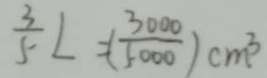
\frac { 3 } { 5 } L = ( \frac { 3 0 0 0 } { 5 0 0 0 } ) c m ^ { 3 }